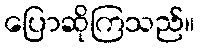
ပြောဆိုကြသည်။